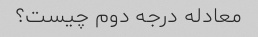
معادله درجه دوم چیست؟